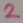
Text: 2